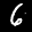
Label: 6